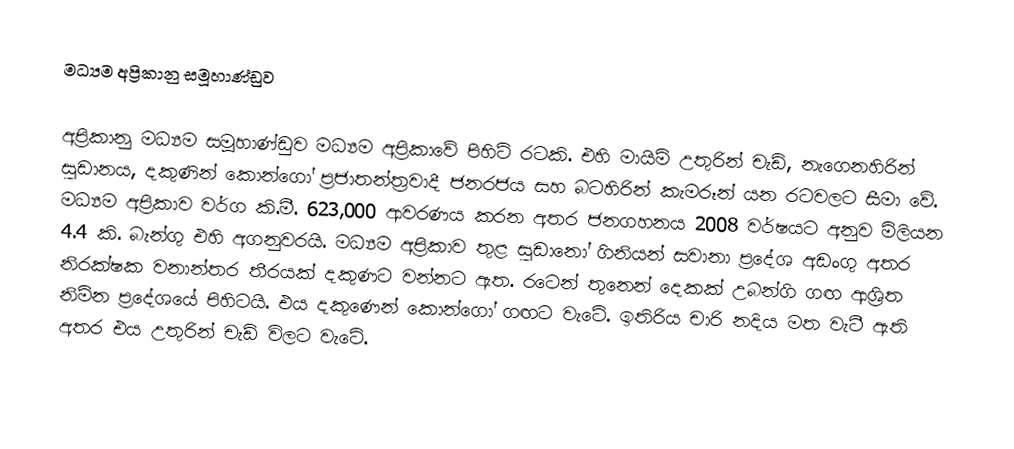
මධ්‍යම අප්‍රිකානු සමූහාණ්ඩුව

අප්‍රිකානු මධ්‍යම සමූහාණ්ඩුව මධ්‍යම අප්‍රිකාවේ පිහිටි රටකි. එහි මායිම් උතුරින් චැඩ්, නැගෙනහිරින් සුඩානය, දකුණින් කොන්ගෝ ප්‍රජාතන්ත්‍රවාදී ජනරජය සහ බටහිරින් කැමරූන් යන රටවලට සීමා වේ. මධ්‍යම අප්‍රිකාව වර්ග කි.මී. 623,000 ආවරණය කරන අතර ජනගහනය 2008 වර්ෂයට අනුව මිලියන 4.4 කි. බැන්ගු එහි අගනුවරයි. මධ්‍යම අප්‍රිකාව තුළ සුඩා‍‍නෝ ගිනියන් සවානා ප්‍රදේශ අඩංගු අතර නිරක්ෂක වනාන්තර තීරයක් දකුණට වන්නට ඇත. රටෙන් තුනෙන් දෙකක් උබන්ගි ගඟ ආශ්‍රිත නිම්න ප්‍රදේශයේ පිහිටයි. එය දකුණෙන් කොන්ගෝ ගඟට වැටේ. ඉතිරිය චාරි නදිය මත වැටී ඇති අතර එය උතුරින් චැඩ් විලට වැටේ.